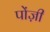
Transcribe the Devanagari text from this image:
पोंज़ी